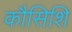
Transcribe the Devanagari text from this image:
कौसिशि